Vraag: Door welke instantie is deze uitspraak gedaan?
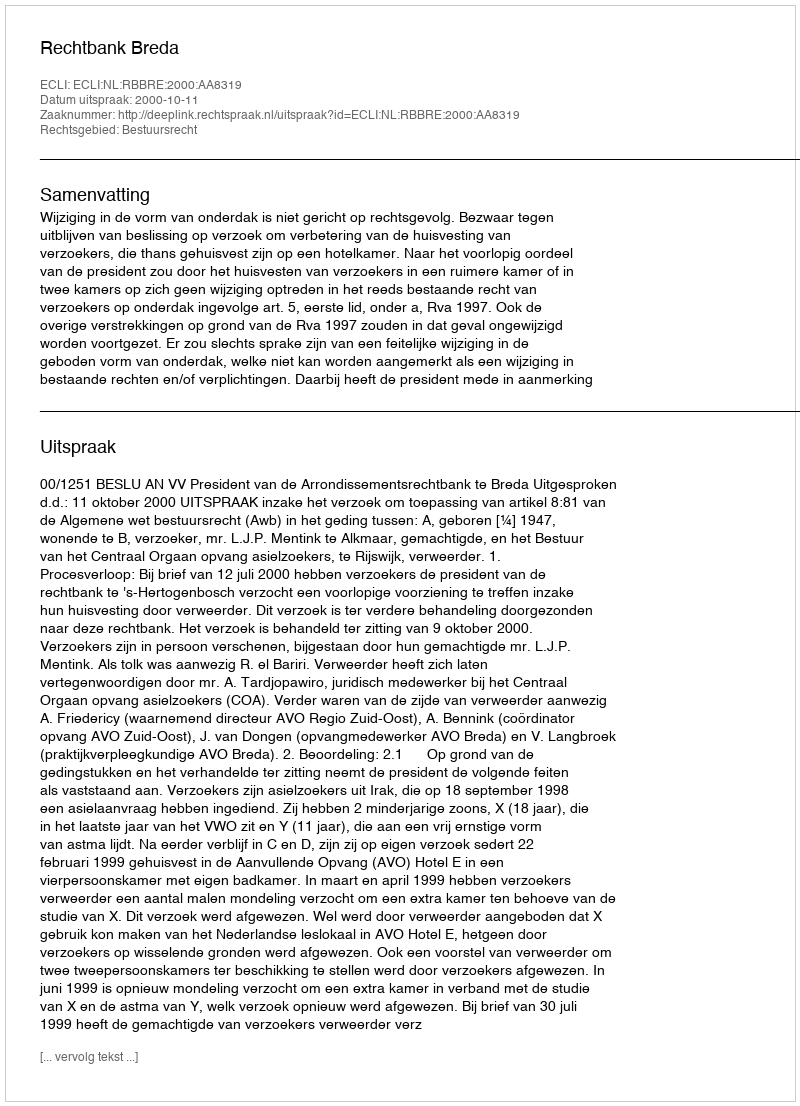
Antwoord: Rechtbank Breda